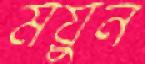
ময়ুন